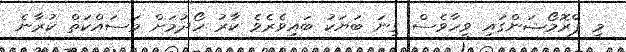
މި ޕްރޮމޯޝަންގައި ވީހާވެސް ގިނަ ބަޔަކު ބައިވެރެވެ ކާރު ހޯދުމަށް މަސައްކަތް ކުރާނެ